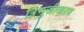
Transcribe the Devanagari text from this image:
त्रिभुजीकरण